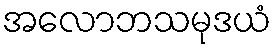
အလောဘသမုဒယံ